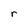
Character: r